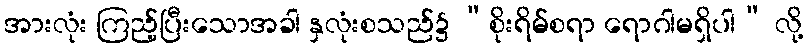
အားလုံး ကြည့်ပြီးသောအခါ နှလုံးစသည်၌ “စိုးရိမ်စရာ ရောဂါမရှိပါ” လို့